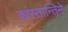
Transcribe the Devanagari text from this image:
कांस्तान्तिने